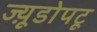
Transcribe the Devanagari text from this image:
ज्य़ूडोपटू